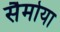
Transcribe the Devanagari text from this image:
सैमोया